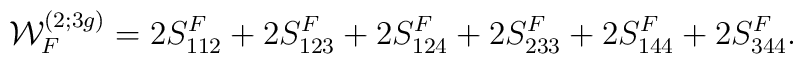
{\cal W}^{(2;3g)}_F=2S_{112}^F+2S_{123}^F +2S_{124}^F +2S_{233}^F +2S_{144}^F +2S_{344}^F.